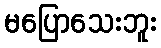
မပြောသေးဘူး